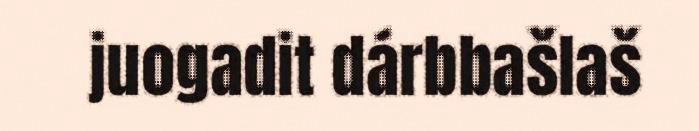
juogadit dárbbašlaš